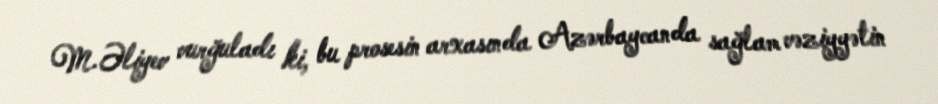
M.Əliyev vurğuladı ki, bu prosesin arxasında Azərbaycanda sağlam vəziyyətin